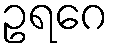
ဥရဂေ